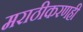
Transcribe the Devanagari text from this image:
मराठीकरणही